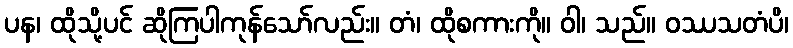
ပန၊ ထိုသို့ပင် ဆိုကြပါကုန်သော်လည်း။ တံ၊ ထိုစကားကို။ ဝါ၊ သည်။ ဝဿသတံပိ၊